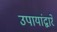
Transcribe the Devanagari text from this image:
उपायांद्वारे